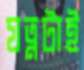
যত্নটাই